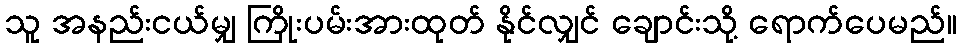
သူ အနည်းငယ်မျှ ကြိုးပမ်းအားထုတ် နိုင်လျှင် ချောင်းသို့ ရောက်ပေမည်။